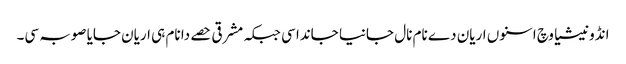
انڈونیشیا وچ اسنوں اریان دے نام نال جانیا جاندا سی جبکہ مشرقی حصے دا نام ہی اریان جایا صوبہ سی۔